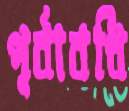
পূর্বাবধি